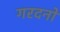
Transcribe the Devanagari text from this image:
गरदनों